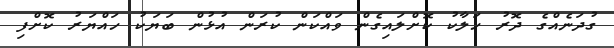
ގުދަނެއްގެ ދޮރު ހަލާކު ކޮށްލައިގެން ވައްކަން ކުރަން އުޅުން ބަޔަކު ހައްޔަރު ކޮށްފި